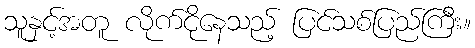
သူနှင့်အတူ လိုက်ငိုနေသည့် ပြင်သစ်ပြည်ကြီး။